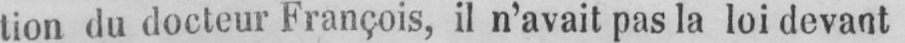
tion du docteur François, il n’avait pas la loi devant